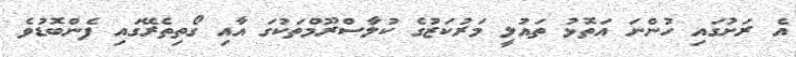
އެ ރަށުގައި ހުންނަ އަތޮޅު ތައުލީ މަރުކަޒުގެ ކުލާސްރޫމްތަކުގަ އާއި ގޯތިތެރޭގައި ފެންބޮޑުވެ